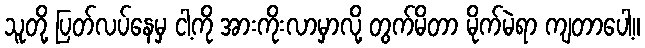
သူတို့ ပြတ်လပ်နေမှ ငါ့ကို အားကိုးလာမှာလို့ တွက်မိတာ မိုက်မဲရာ ကျတာပေါ့။